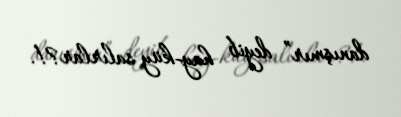
danışmır” deyib hay-küy salırlar?!.